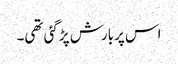
اس پربارش پڑگئی تھی۔